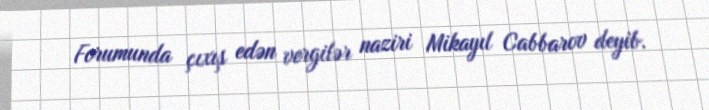
Forumunda çıxış edən vergilər naziri Mikayıl Cabbarov deyib.